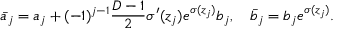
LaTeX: \bar { a } _ { j } = a _ { j } + ( - 1 ) ^ { j - 1 } \frac { D - 1 } { 2 } \sigma ^ { \prime } ( z _ { j } ) e ^ { \sigma ( z _ { j } ) } b _ { j } , \quad \bar { b } _ { j } = b _ { j } e ^ { \sigma ( z _ { j } ) } .